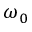
\omega _ { 0 }